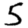
Digit: 5